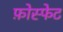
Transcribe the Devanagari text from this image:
फ़ोस्फेट